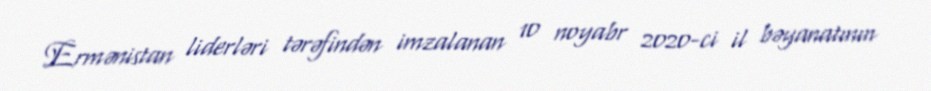
Ermənistan liderləri tərəfindən imzalanan 10 noyabr 2020-ci il bəyanatının